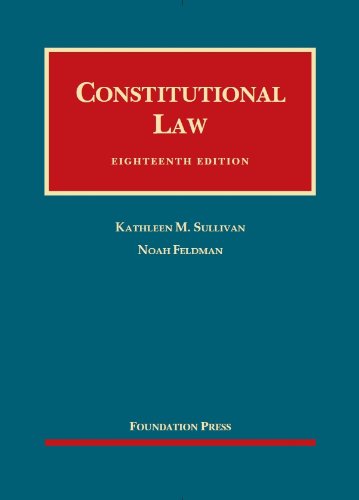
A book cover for Constitutional Law (University Casebook Series); Kathleen Sullivan; Law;